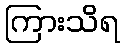
ကြားသိရ